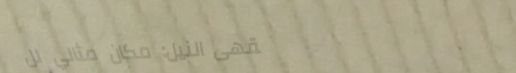
مقهى النيل: مكان مثالي لل